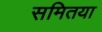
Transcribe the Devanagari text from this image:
समितया